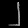
Digit: ၂